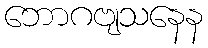
ဘောဂဗျသနေန